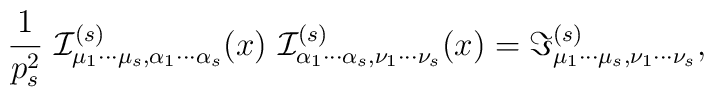
\frac{1}{p_{s}^{2}}~{\cal I}_{\mu _{1}\cdots \mu _{s},\alpha _{1}\cdots\alpha _{s}}^{(s)}(x)~{\cal I}_{\alpha _{1}\cdots \alpha _{s},\nu _{1}\cdots\nu _{s}}^{(s)}(x)=\Im _{\mu _{1}\cdots \mu _{s},\nu _{1}\cdots \nu_{s}}^{(s)},